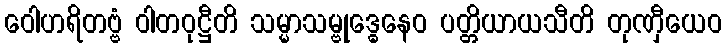
ဝေါဟရိတဗ္ဗံ ဝါတဝုဋ္ဌီတိ သမ္မာသမ္ဗုဒ္ဓေနေဝ ပတ္တိယာယသီတိ တုဏှီယေဝ